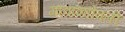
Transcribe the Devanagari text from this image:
गावाभाोवती